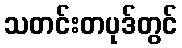
သတင်းတပုဒ်တွင်